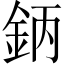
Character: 鈵